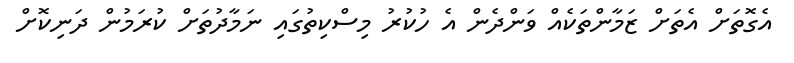
އެގޮތަށް އެތަށް ޒަމާންތަކެއް ވަންދެން އެ ހުކުރު މިސްކިތުގައި ނަމާދުތަށް ކުރަމުން ދަނިކޮށް